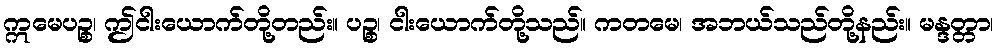
ဣမေပဉ္စ၊ ဤငါးယောက်တို့တည်း။ ပဉ္စ၊ ငါးယောက်တို့သည်။ ကတမေ၊ အဘယ်သည်တို့နည်း။ မန္ဒတ္တာ၊